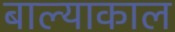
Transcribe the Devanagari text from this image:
बाल्याकाल